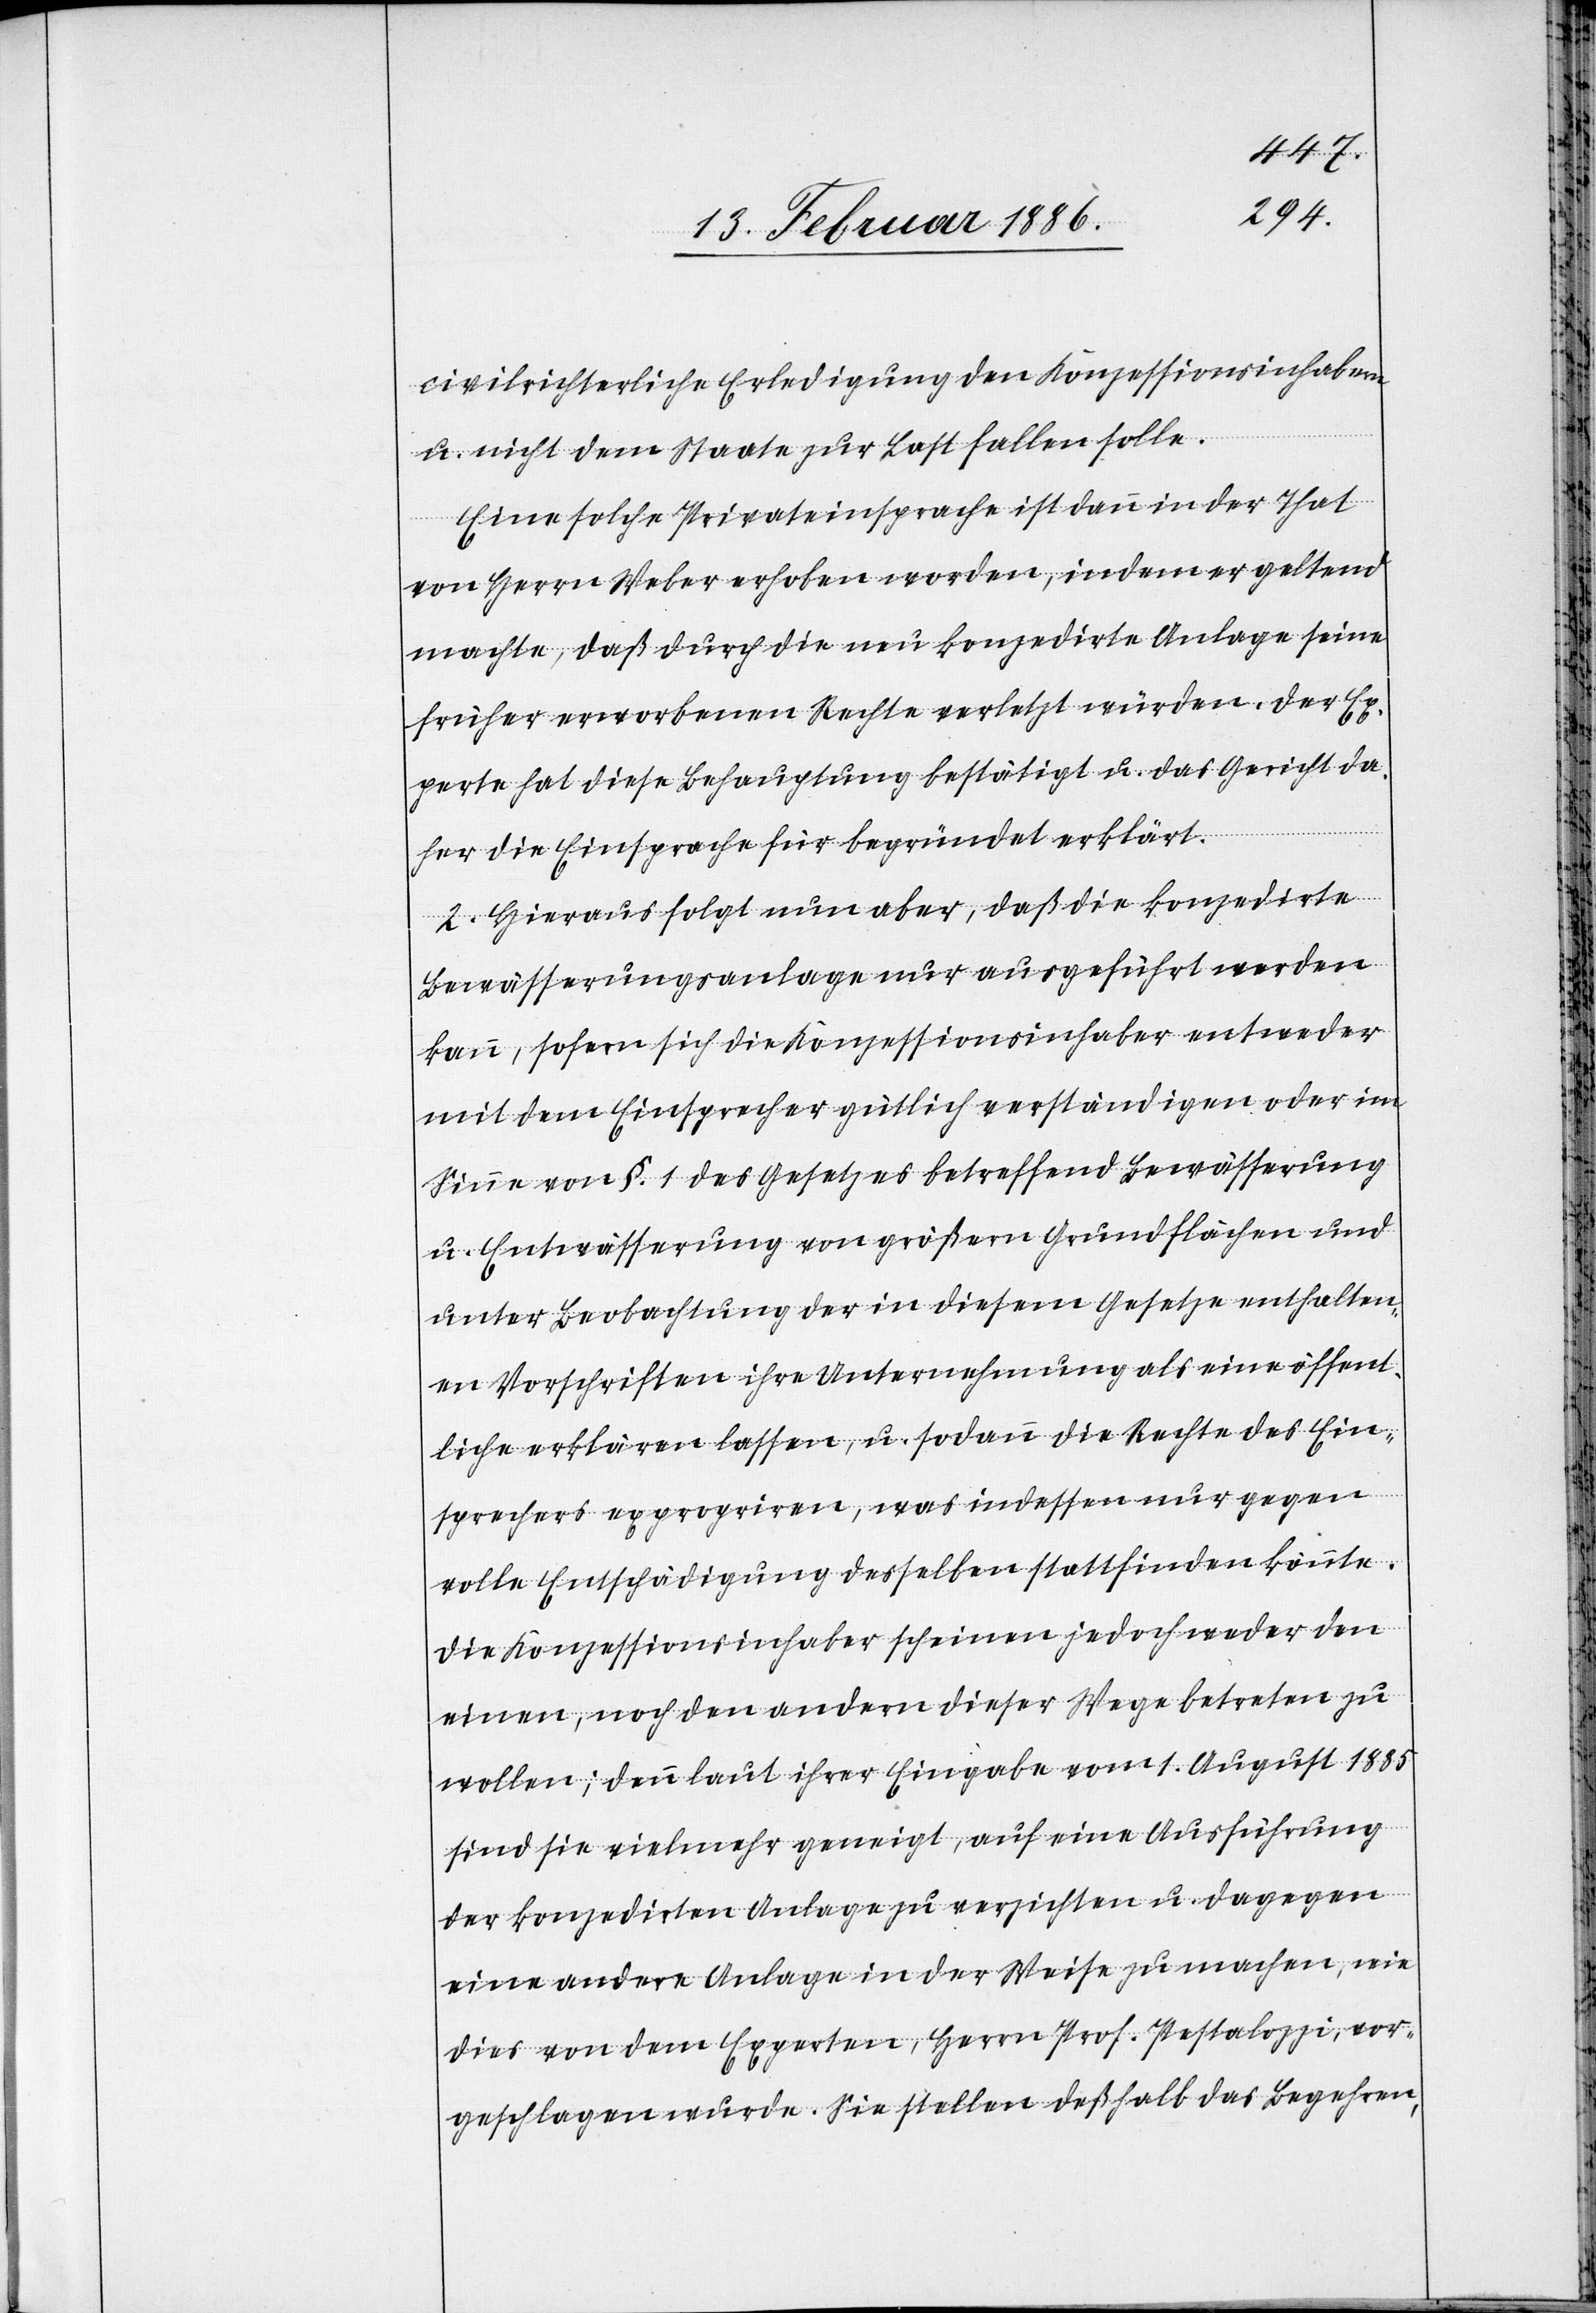
civilrichterliche Erledigung den Konzessionsinhabern
u. nicht dem Staate zur Last fallen solle.
Eine solche Privateinsprache ist dann in der That
von Herrn Weber erhoben worden, indem er geltend
machte, daß durch die neu konzedirte Anlage seine
früher erworbenen Rechte verletzt würden. Der Ex¬
perte hat diese Behauptung bestätigt u. das Gericht da¬
her die Einsprache für begründet erklärt.
2. Hieraus folgt nun aber, daß die konzedirte
Bewässerungsanlage nur ausgeführt werden
kann, sofern sich die Konzessionsinhaber entweder
mit dem Einsprecher gütlich verständigen oder im
Sinne von §. 1 des Gesetzes betreffend Bewässerung
u. Entwässerung von größern Grundflächen und
unter Beobachtung der in diesem Gesetze enthalten¬
en Vorschriften ihre Unternehmung als eine öffent¬
liche erklären lassen, u. sodann die Rechte des Ein¬
sprechers expropriiren, was indessen nur gegen
volle Entschädigung desselben stattfinden könnte.
Die Konzessionsinhaber scheinen jedoch weder den
einen, noch den andern dieser Wege betreten zu
wollen; denn laut ihrer Eingabe vom 1. August 1885
sind sie vielmehr geneigt, auf eine Ausführung
der konzedirten Anlage zu verzichten u. dagegen
eine andere Anlage in der Weise zu machen, wie
dies von dem Experten, Herrn Prof. Pestalozzi, vor¬
geschlagen wurde. Sie stellen deßhalb das Begehren,